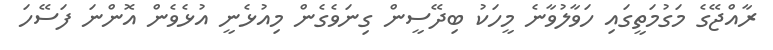
ރާއްޖޭގެ މަގުމަތީގައި ހަވާލުވާނެ މީހަކު ބިދޭސީން ގިނަވެގެން މިއުޅެނީ އުޅެވެން އޮންނަ ފަސޭހަ